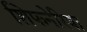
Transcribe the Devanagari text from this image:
शिफनेरिया